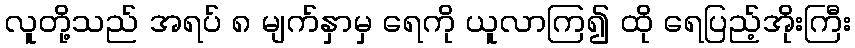
လူတို့သည် အရပ် ၈ မျက်နှာမှ ရေကို ယူလာကြ၍ ထို ရေပြည့်အိုးကြီး